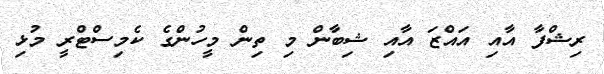
ރިޝްފާ އާއި އައްޒަ އާއި ޝިބާން މި ތިން މީހުންގެ ކެމިސްޓްރީ މުޅި